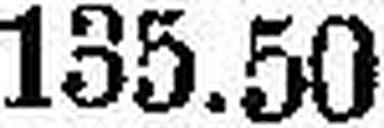
135.50